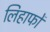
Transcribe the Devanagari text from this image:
लिहाफों